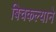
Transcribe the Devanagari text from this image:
बिचकल्याने